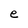
Character: e